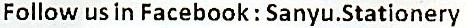
FOLLOW US IN FACEBOOK : SANYU.STATIONERY